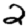
Digit: 2